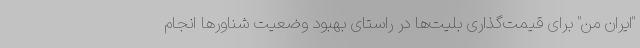
"ایران من" برای قیمت‌گذاری بلیت‌ها در راستای بهبود وضعیت شناورها انجام